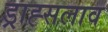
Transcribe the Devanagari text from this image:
ड्राह्सलाव